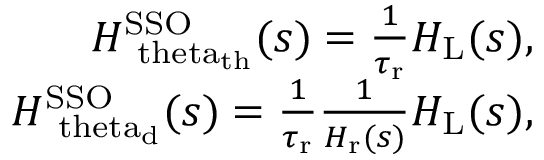
\begin{array} { r } { H _ { \mathrm { \ t h e t a _ { \mathrm { t h } } } } ^ { \mathrm { S S O } } ( s ) = \frac { 1 } { \tau _ { \mathrm { r } } } H _ { \mathrm { L } } ( s ) , } \\ { H _ { \mathrm { \ t h e t a _ { \mathrm { d } } } } ^ { \mathrm { S S O } } ( s ) = \frac { 1 } { \tau _ { \mathrm { r } } } \frac { 1 } { H _ { \mathrm { r } } ( s ) } H _ { \mathrm { L } } ( s ) , } \end{array}